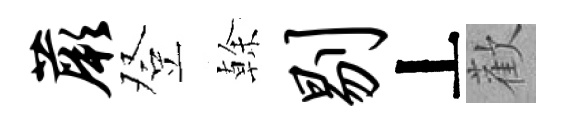
蕨登𠏉剔丄歡